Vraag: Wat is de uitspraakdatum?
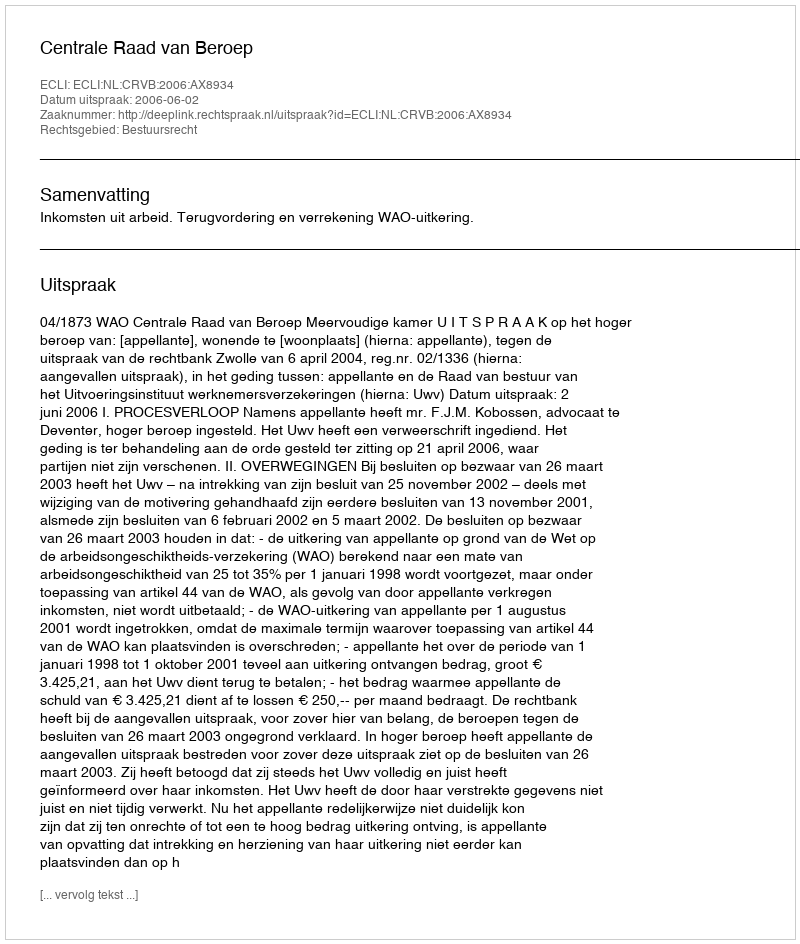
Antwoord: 2006-06-02